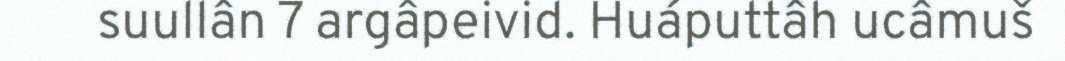
suullân 7 argâpeivid. Huáputtâh ucâmuš